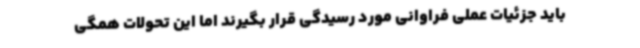
باید جزئیات عملی فراوانی مورد رسیدگی قرار بگیرند اما این تحولات همگی